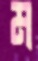
ম